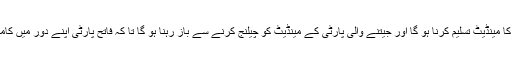
الیکشن نہ جیت سکنے والی پارٹیوں کو عوام کا مینڈیٹ تسلیم کرنا ہو گا اور جیتنے والی پارٹی کے مینڈیٹ کو چیلنج کرنے سے باز رہنا ہو گا تا کہ فاتح پارٹی اپنے دور میں کامیابی سے ملکی ترقی کے لیے کام کر سکیں۔